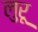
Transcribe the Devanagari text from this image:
लुरू